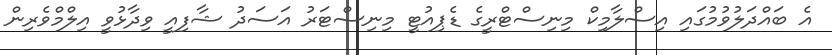
އެ ބައްދަލުވުމުގައި އިސްލާމިކް މިނިސްޓްރީގެ ޑެޕިއުޓީ މިނިސްޓަރު އަސަދު ޝާފިއީ ވިދާޅުވީ އިލްމްވެރިން